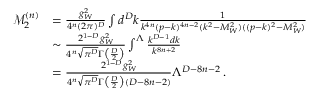
\begin{array} { r l } { \mathcal { M } _ { 2 } ^ { ( n ) } } & { = \frac { g _ { W } ^ { 2 } } { 4 ^ { n } ( 2 \pi ) ^ { D } } \int d ^ { D } k \frac { 1 } { k ^ { 4 n } ( p - k ) ^ { 4 n - 2 } ( k ^ { 2 } - M _ { W } ^ { 2 } ) ( ( p - k ) ^ { 2 } - M _ { W } ^ { 2 } ) } } \\ & { \sim \frac { 2 ^ { 1 - D } g _ { W } ^ { 2 } } { 4 ^ { n } \sqrt { \pi ^ { D } } \Gamma \big ( \frac { D } { 2 } \big ) } \int ^ { \Lambda } \frac { k ^ { D - 1 } d k } { k ^ { 8 n + 2 } } } \\ & { = \frac { 2 ^ { 1 - D } g _ { W } ^ { 2 } } { 4 ^ { n } \sqrt { \pi ^ { D } } \Gamma \big ( \frac { D } { 2 } \big ) ( D - 8 n - 2 ) } \Lambda ^ { D - 8 n - 2 } \, . } \end{array}